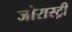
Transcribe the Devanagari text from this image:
जोरास्ट्री